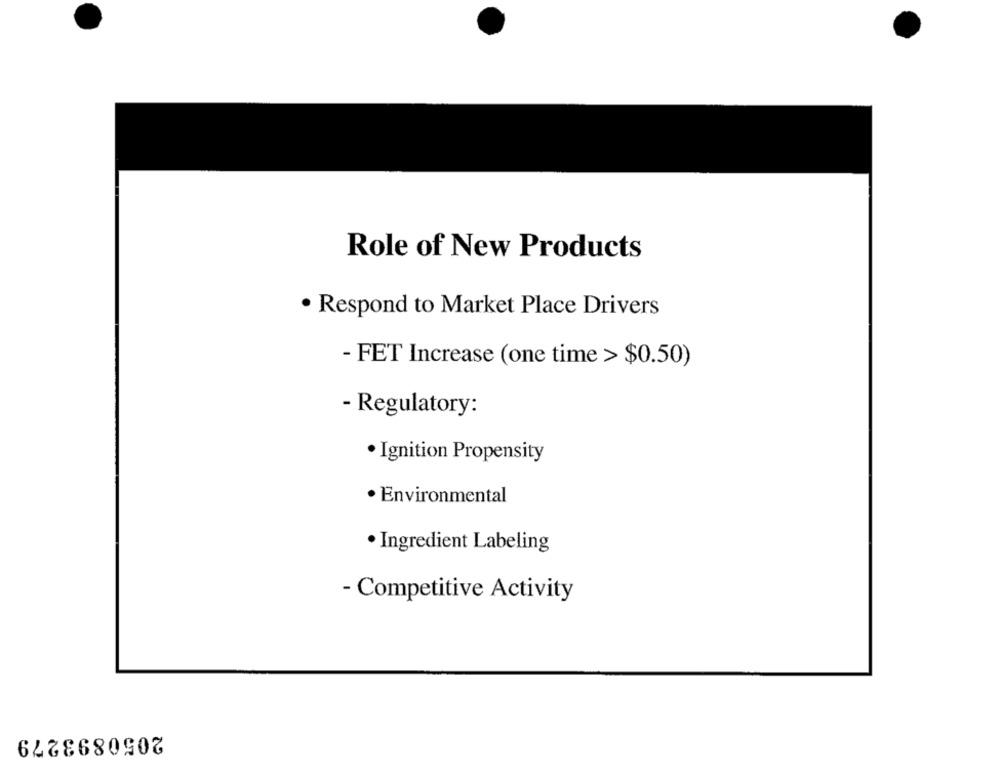
Role of New Products
· Respond to Market Place Drivers
- FET Increase (one time > $0.50)
- Regulatory:
· Ignition Propensity
· Environmental
· Ingredient Labeling
- Competitive Activity
2050893279